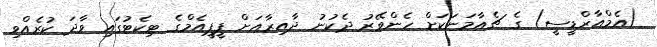
(އެމްއާރްޑީސީ) ގެ ޗެއާމަނަކަށް ހެންވޭރު ދެކުނު ދާއިރާއަށް ޕީޕީއެމްގެ ޓިކެޓުގައި ވާދަ ކުރެއްވި